Eesti_Rahvusfond, lk 26
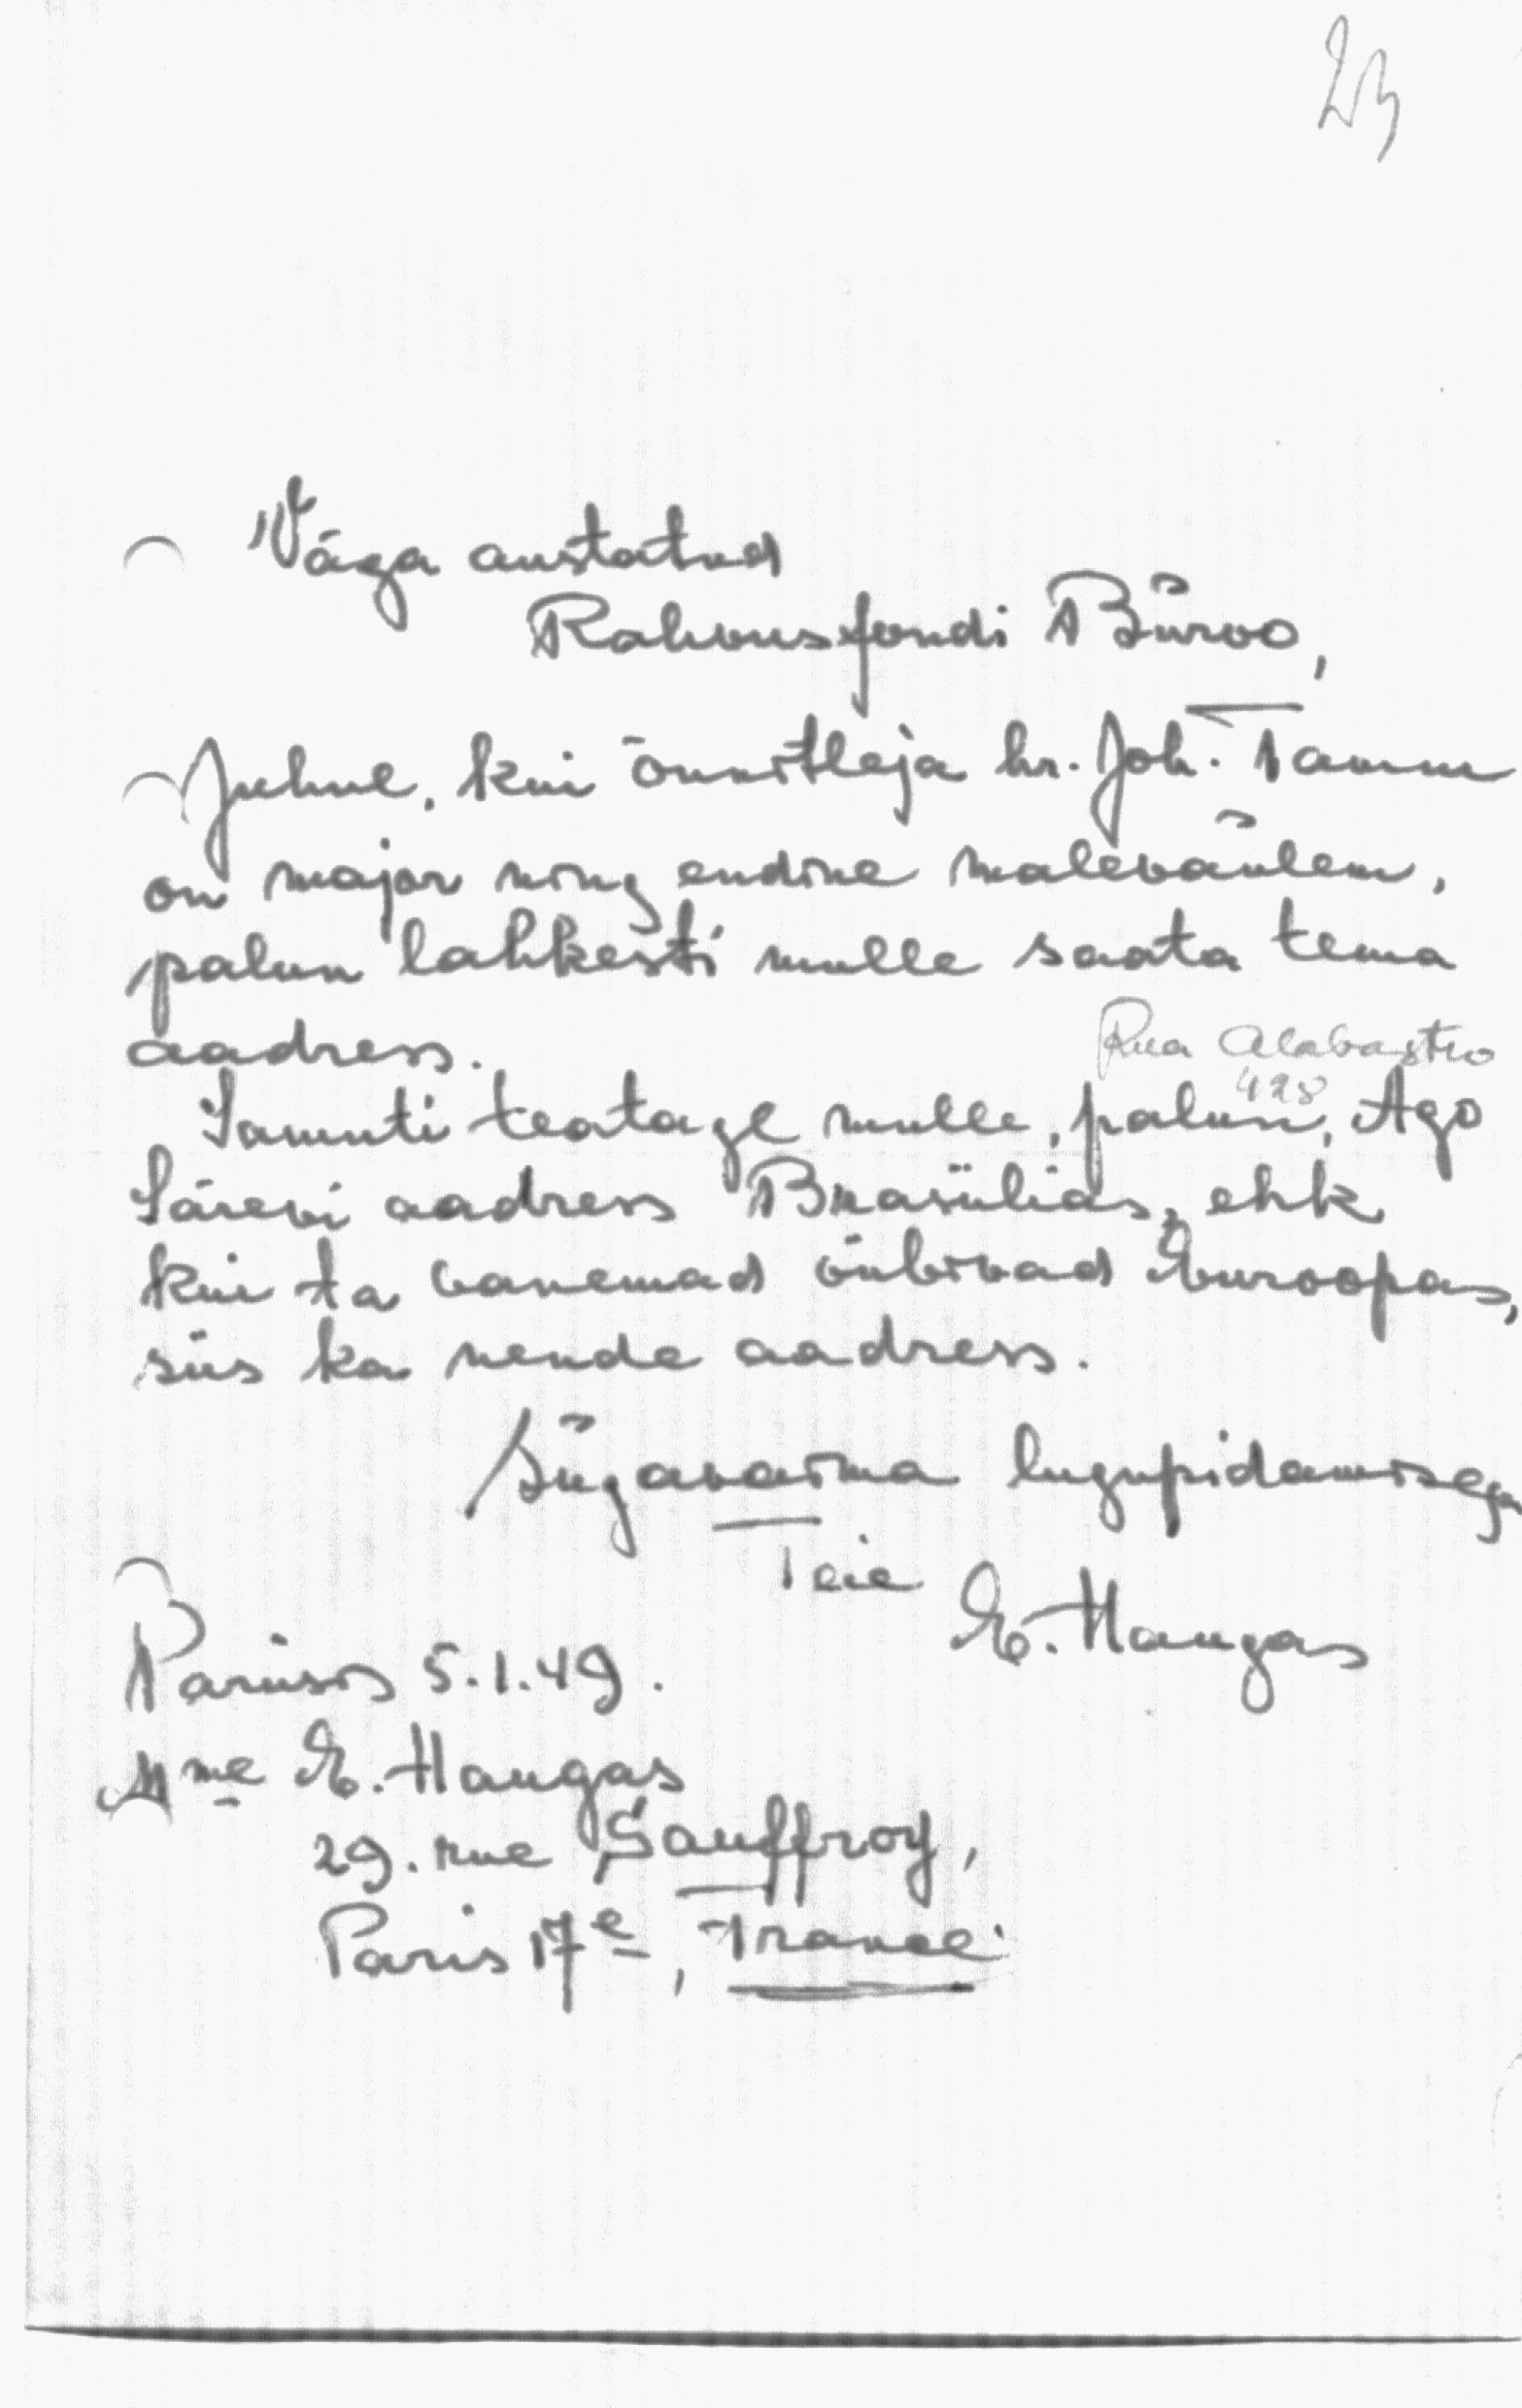
23

Väga austatud
Rahvusfondi Büroo,
Juhul, kui õnnitleja hr. Joh. Tamm
on major ning endine malevaülem,
palun lahkesti mulle saata tema
aadress.
Rue Alabastus
428
Samuti teatage mulle, palun, Ago
Särevi aadress Brasiilas, ehk
kui ta vanemad viibivad Euroopas,
siis ka nende aadress.
Sügavaima lugupidamisega
Teie
Pariisis 5. 1. 49.
E. Haugas
Mme E. Haugas
29. rue Sauffroy,
Paris 17e, France